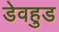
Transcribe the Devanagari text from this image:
डेवहुड